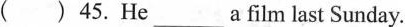
( ) 45.He_________a film last Sunday.